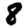
Digit: 8